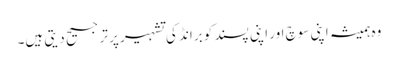
وہ ہمیشہ اپنی سوچ اور اپنی پسند کو برانڈ کی تشہیر پر ترجیح دیتی ہیں۔